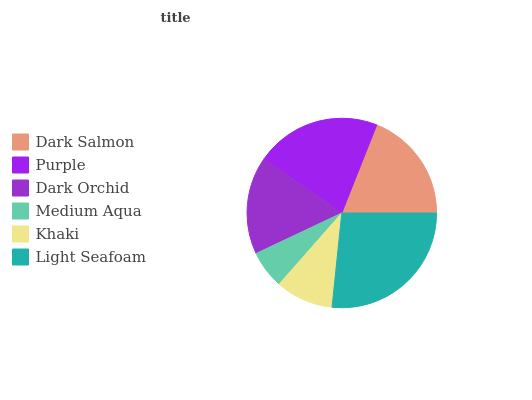
| Dark Salmon | Purple | Dark Orchid | Medium Aqua | Khaki | Light Seafoam |
 | --- | --- | --- | --- | --- | --- |
 | 19% | 21.3% | 16.7% | 6.5% | 9.86% | 26.6% |